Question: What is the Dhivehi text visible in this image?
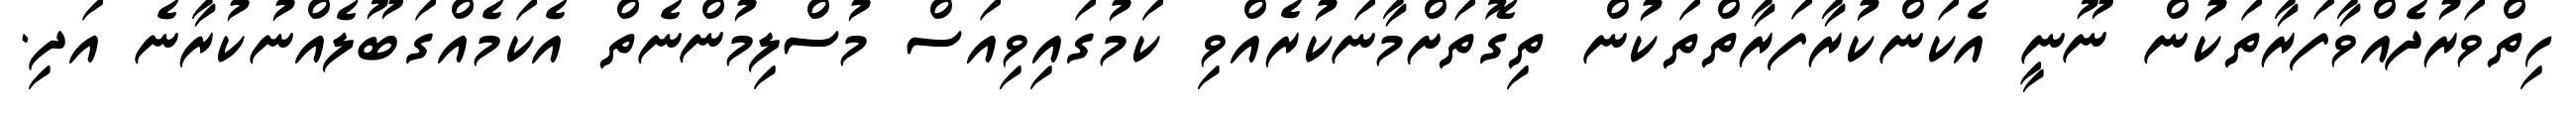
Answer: ހިތްވަރުދެއްވާފަރާތަކުން ނޫނީ އެކަންކުރާފަރާތްތަކުން ތިގޮތަށްމާނަކުރެއްވި ކަމުގައިވިއަސް މުސްލިމުންނެތް އެކަމެއްގަބޫލެއްނުކުރާނެ އަދި.